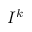
I ^ { k }